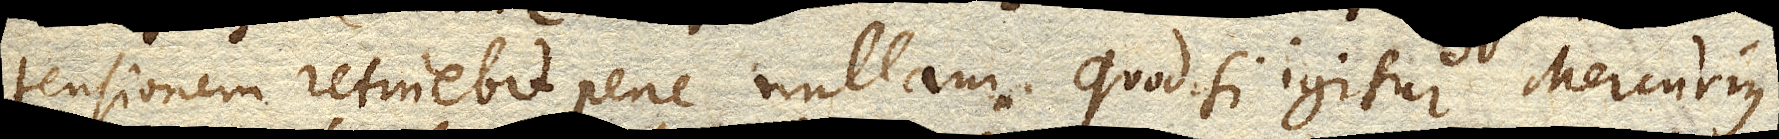
tensionem retinebit pene nullam. Quod si igitur Mercurius